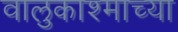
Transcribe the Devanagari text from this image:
वालुकाश्माच्या